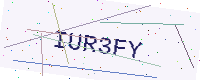
Text: IUR3FY